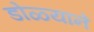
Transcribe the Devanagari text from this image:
डोळ्यानें